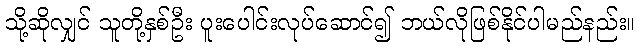
သို့ဆိုလျှင် သူတို့နှစ်ဦး ပူးပေါင်းလုပ်ဆောင်၍ ဘယ်လိုဖြစ်နိုင်ပါမည်နည်း။